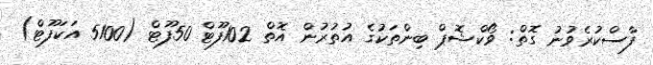
ފާސްކުރެވުނު ގޮތް: ވޯކްޝޮޕް ބިންތަކުގެ އުތުރުން އޮތް 102ފޫޓް 50ފޫޓް (5100 އަކަފޫޓް)